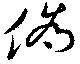
偽